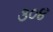
૩૦૪